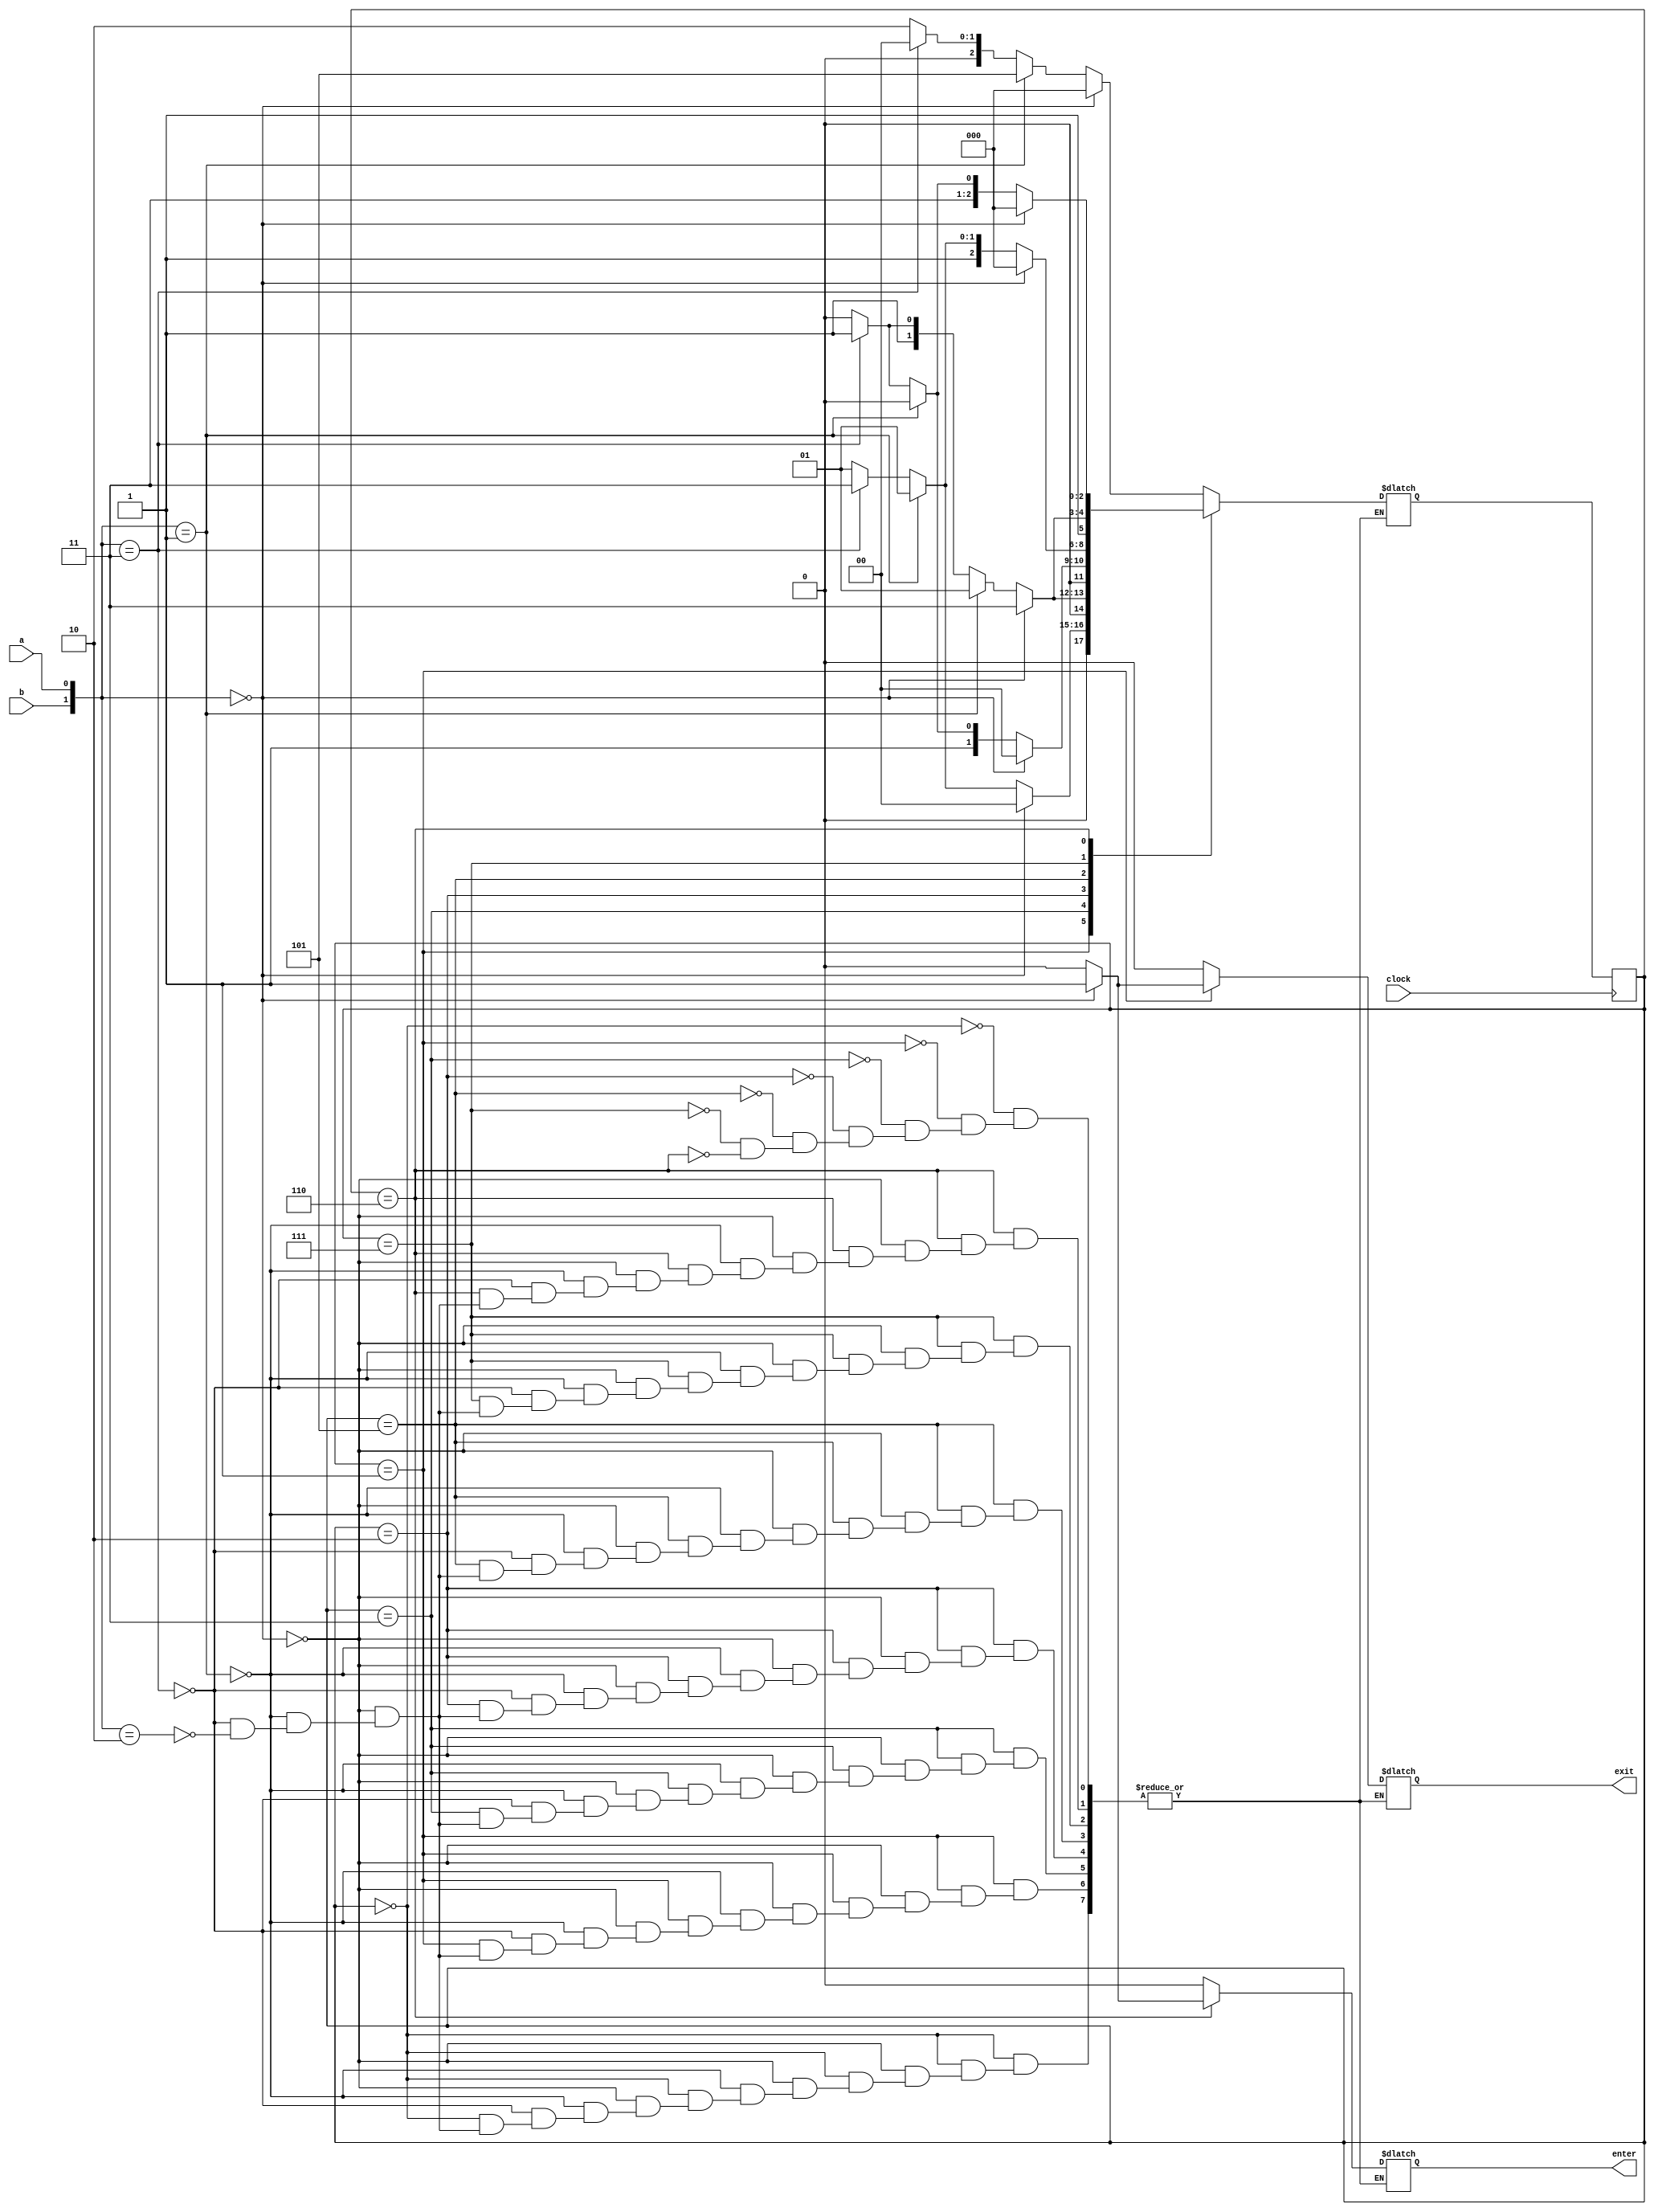
module enter_exit_fsm
    (input a, input b, input clock,
    output reg enter, exit);
    reg [2:0]y, Y;
    parameter [2:0]A = 3'b000, B = 3'b001, C = 3'b011, D = 3'b010, E = 3'b101, F = 3'b111, G = 3'b110;
    always@(a, b, y) 
        case (y)
            A: if ({b,a} == 2'b00) begin
                Y = A;
                {enter,exit} = 2'b00;
            end else if ({b,a} == 2'b01) begin
                Y = E;
                {enter,exit} = 2'b00;
            end else if ({b,a} == 2'b11) begin
                Y = A;
                {enter,exit} = 2'b00;
            end else if ({b,a} == 2'b10) begin
                Y = D;
                {enter,exit} = 2'b00;
            end
            
            B: if ({b,a} == 2'b00) begin
                Y = A;
                {enter,exit} = 2'b01;
            end else if ({b,a} == 2'b01) begin
                Y = B;
                {enter,exit} = 2'b00;
            end else if ({b,a} == 2'b11) begin
                Y = C;
                {enter,exit} = 2'b00;
            end else if ({b,a} == 2'b10) begin
                Y = B;
                {enter,exit} = 2'b00;
            end
            
            C: if ({b,a} == 2'b00) begin
                Y = C;
                {enter,exit} = 2'b00;
            end else if ({b,a} == 2'b01) begin
                Y = B;
                {enter,exit} = 2'b00;
            end else if ({b,a} == 2'b11) begin
                Y = C;
                {enter,exit} = 2'b00;
            end else if ({b,a} == 2'b10) begin
                Y = D;
                {enter,exit} = 2'b00;
            end
            
            D: if ({b,a} == 2'b00) begin
                Y = A;
                {enter,exit} = 2'b00;
            end else if ({b,a} == 2'b01) begin
                Y = D;
                {enter,exit} = 2'b00;
            end else if ({b,a} == 2'b11) begin
                Y = C;
                {enter,exit} = 2'b00;
            end else if ({b,a} == 2'b10) begin
                Y = D;
                {enter,exit} = 2'b00;
            end
            
            E: if ({b,a} == 2'b00) begin
                Y = A;
                {enter,exit} = 2'b00;
            end else if ({b,a} == 2'b01) begin
                Y = E;
                {enter,exit} = 2'b00;
            end else if ({b,a} == 2'b11) begin
                Y = F;
                {enter,exit} = 2'b00;
            end else if ({b,a} == 2'b10) begin
                Y = E;
                {enter,exit} = 2'b00;
            end
            
            F: if ({b,a} == 2'b00) begin
                Y = F;
                {enter,exit} = 2'b00;
            end else if ({b,a} == 2'b01) begin
                Y = E;
                {enter,exit} = 2'b00;
            end else if ({b,a} == 2'b11) begin
                Y = F;
                {enter,exit} = 2'b00;
            end else if ({b,a} == 2'b10) begin
                Y = G;
                {enter,exit} = 2'b00;
            end
            
            G: if ({b,a} == 2'b00) begin
                Y = A;
                {enter,exit} = 2'b10;
            end else if ({b,a} == 2'b01) begin
                Y = G;
                {enter,exit} = 2'b00;
            end else if ({b,a} == 2'b11) begin
                Y = F;
                {enter,exit} = 2'b00;
            end else if ({b,a} == 2'b10) begin
                Y = G;
                {enter,exit} = 2'b00;
            end
        endcase
    
    always@(posedge clock)
        y <= Y;
        
endmodule